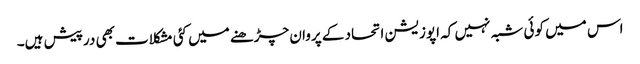
اس میں کوئی شبہ نہیں کہ اپوزیشن اتحاد کے پروان چڑھنے میں کئی مشکلات بھی درپیش ہیں۔